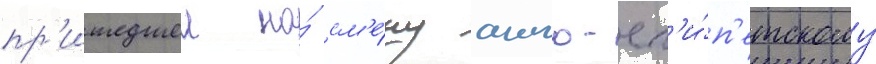
пр'ишедшеи на́ см'е́ну англо-ег'и́п'етскому